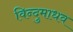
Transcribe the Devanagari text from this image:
विन्दुमाधव